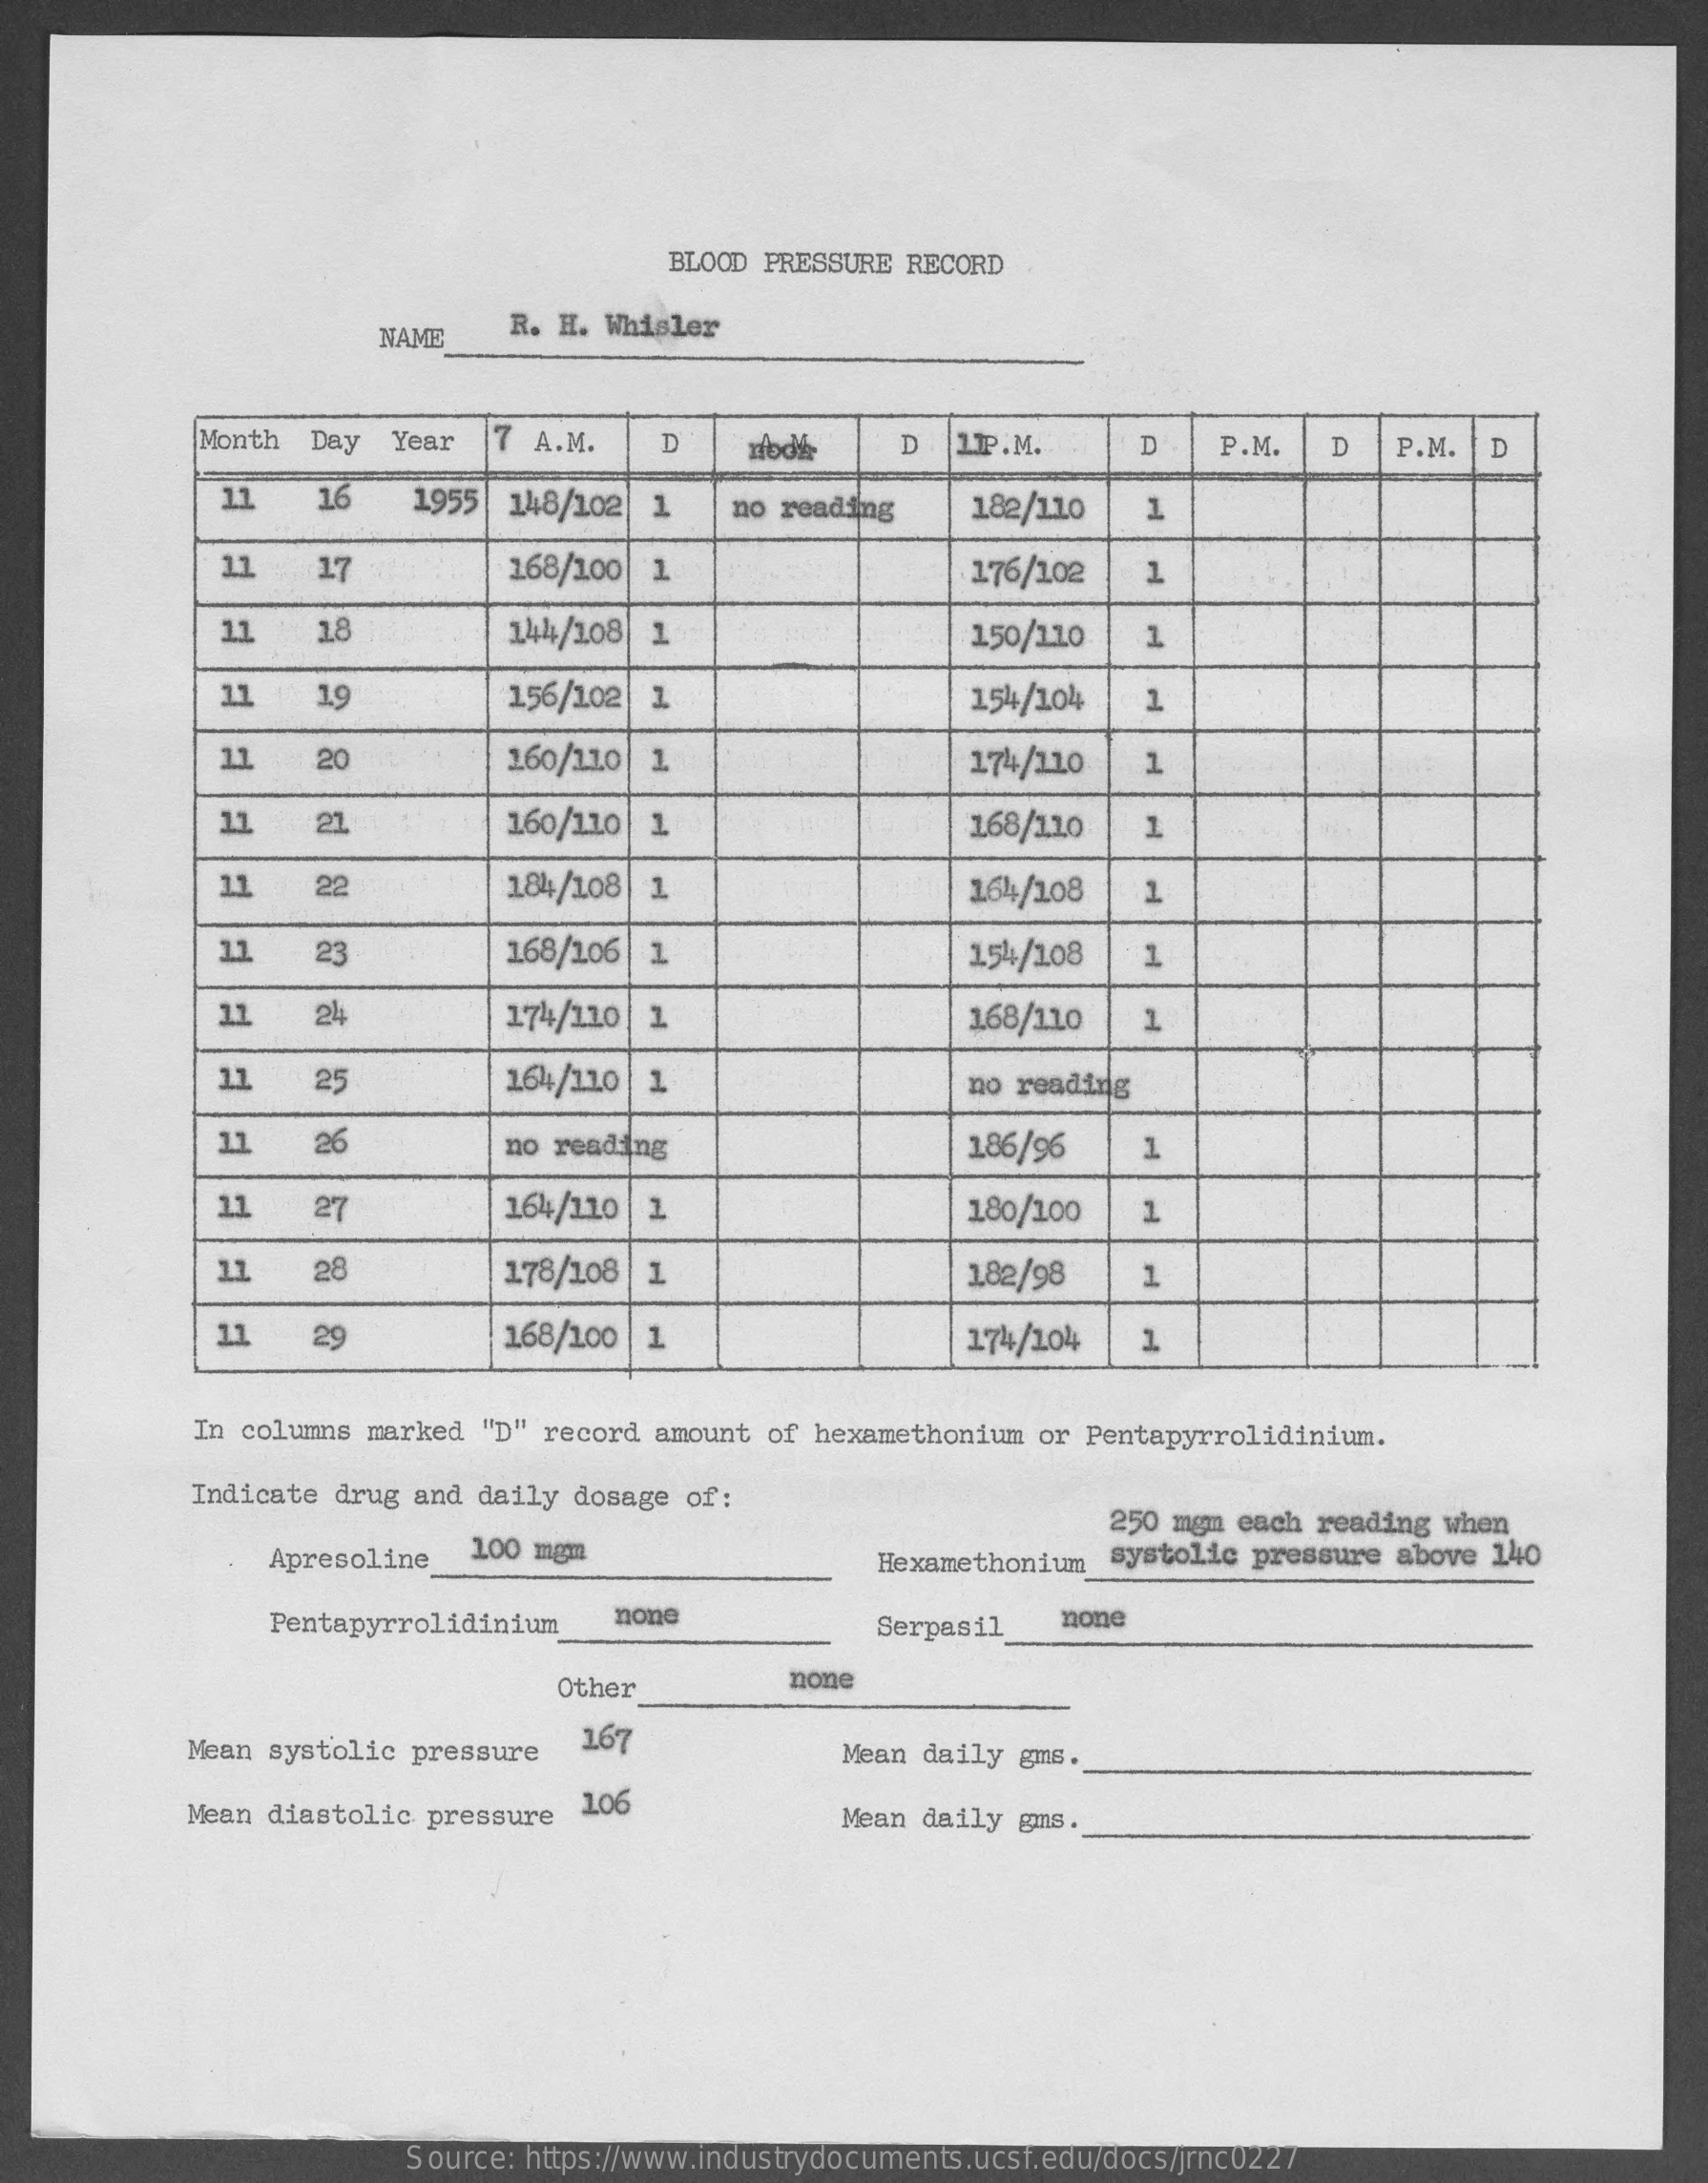
BLOOD PRESSURE RECORD
     NAME   R. H. Whisler
     Month Day  Year  7 A.M.   D    D  1.1P.M.   D   P.M.   D  P.M. D
     11    16   1955 148/102 1    no reading   182/110  1
     11    17    168/100 1    176/102   1
     11    18    144/108 1    150/110  1
     11    19    156/102 1    154/104   1
     11    20    160/110 1    174/110
     11    21    160/110 1    168/110  1
     11    22    184/108 1    164/108  1
     11    23    168/106 1    154/108  1
     11    24    174/110| 1    168/110  1
     11    25    164/110 1    no reading
     11    26    no reading    186/96   1
     11    27    164/110    180/100  1
     11    28    178/108 1    1,82/98  1
     11    29    168/100 1    174/104  1
     In columns marked "D" record amount of hexamethonium or Pentapyrrolidinium.
     Indicate drug and daily dosage of:
     Apresoline 100 mgm
     250 mgm each reading when
     Hexamethonium systolic pressure above 140
     Pentapyrrolidinium none    Serpasil  none
     Other    none
     Mean systolic pressure 167    Mean daily gms.
     Mean diastolic pressure 106
     Mean daily gms.
     Source: https://www.industrydocuments.ucsf.edu/docs/jrnc0227